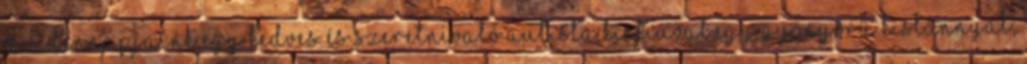
Mindennapjaink egy kedves és szeretnivaló autista kisfiúval,egy gyönyörű kislánnyal,